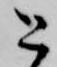
と